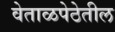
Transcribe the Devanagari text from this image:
वेताळपेठेतील